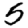
Digit: 5